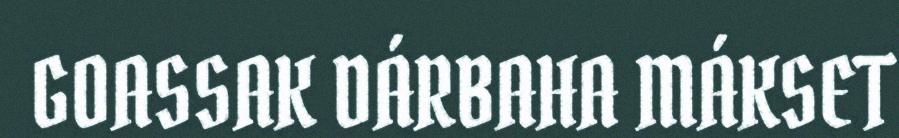
GOASSAK DÁRBAHA MÁKSET